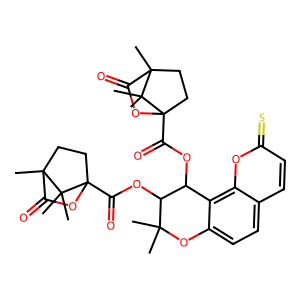
SMILES: CC1(C)Oc2ccc3ccc(=S)oc3c2C(OC(=O)C23CCC(C)(C(=O)O2)C3(C)C)C1OC(=O)C12CCC(C)(C(=O)O1)C2(C)C
Inhibits HIV replication: Yes